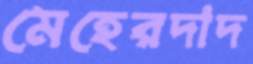
মেহেরদাদ